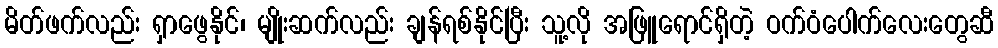
မိတ်ဖက်လည်း ရှာဖွေနိုင်၊ မျိုးဆက်လည်း ချန်ရစ်နိုင်ပြီး သူ့လို အဖြူရောင်ရှိတဲ့ ဝက်ဝံပေါက်လေးတွေဆီ